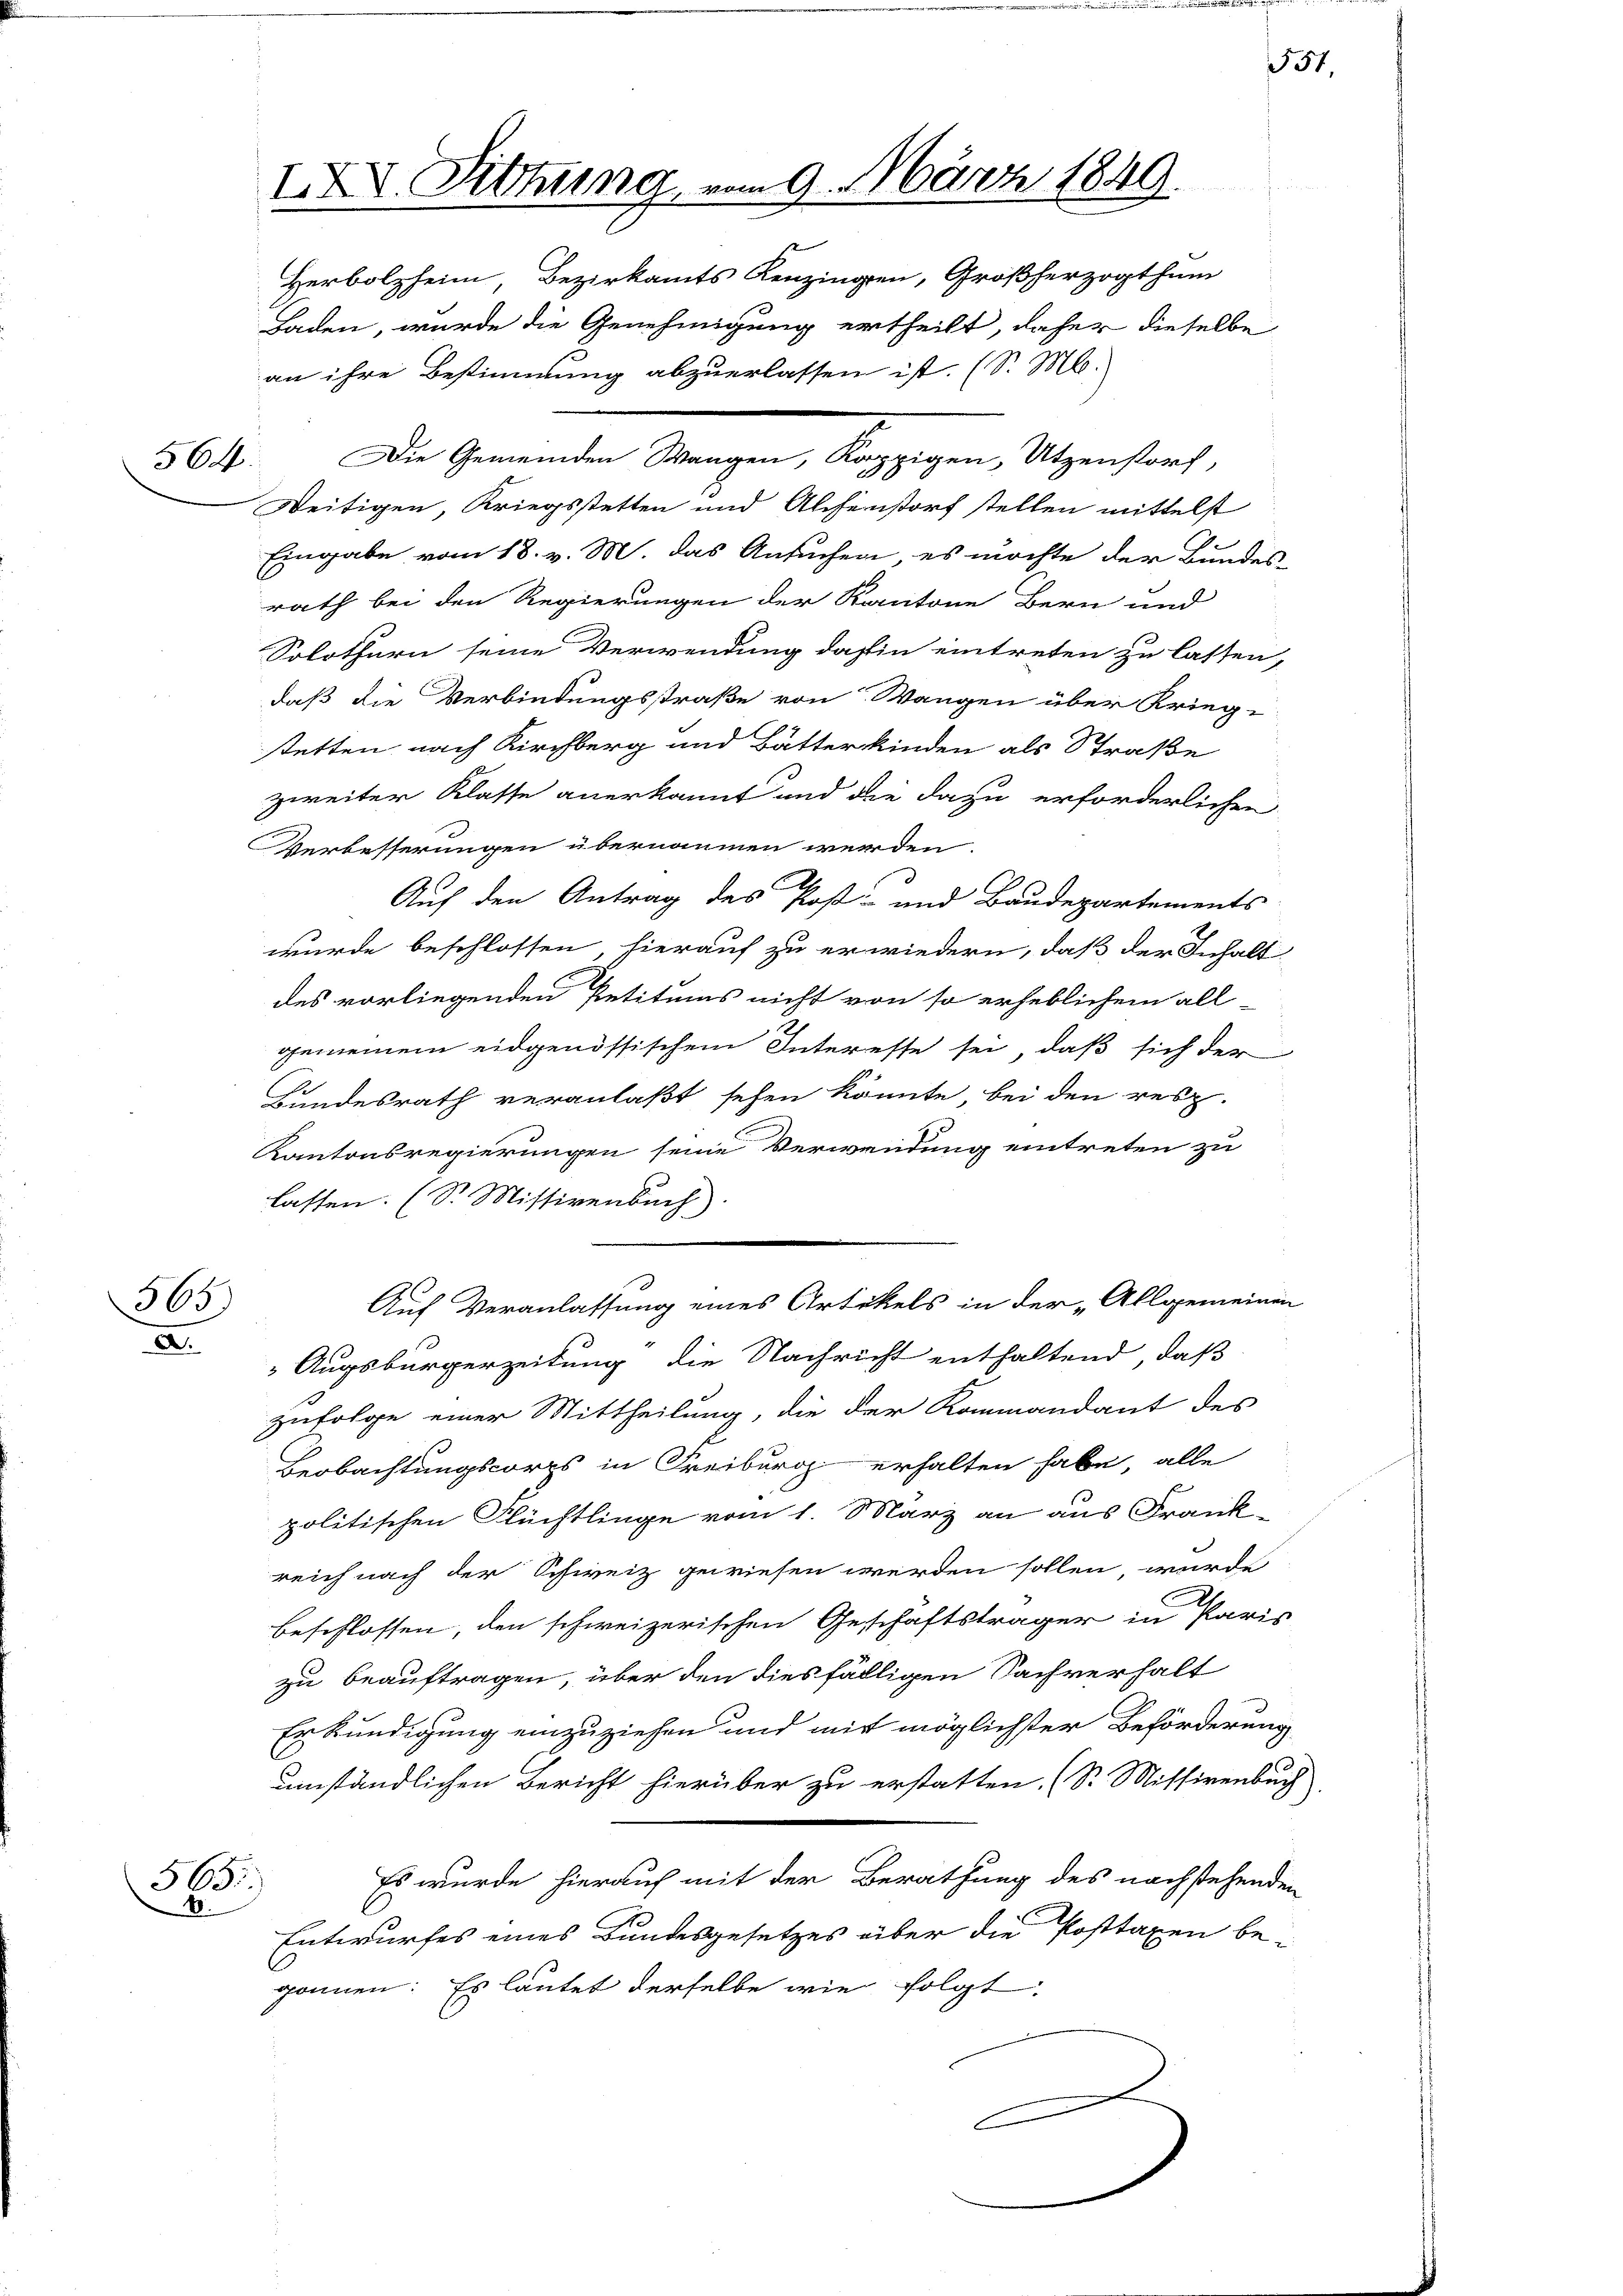
564.

365)
a

565
8

IX. Sitzung, vom 9. März 1849.
Herbolzheim Bezirkamts Kenzingen, Großherzogthum
Baden, wurde die Genehmigung ertheilt, daher dieselbe

Die Gemeinden Wangen, Kappigen, Utzenstorf,
Deitigen, Kriegsstetten und Alchenstorf stellen mittelst
Eingabe vom 18. v. M. das Ansuchen, es möchte der Bundes
rath bei den Regierungen der Kantone Bern und
Solothurn seine Verwendung dahin eintreten zu lassen,
daß die Verbindungsstraße von Wangen über Krieg-
stetten nach Kirchberg und Bätterkinden als Straße
zweiter Klasse anerkannt und die dazu erforderlichen
Verbesserungen übernommen werden.
2
Auf den Antrag des Post- und Baudepartements
wurde beschlossen hierauf zu erwiedern, daß der Inhalt
des vorliegenden Petitums nicht von so erheblichem all-
gemeinem eidgenössischem Interesse sei, daß sich der
Bundesrath veranlaßt sehen könnte, bei den resp.
Kantonsregierungen seine Verwendung eintreten zu
lassen. (S. Missivenbach
.
Auf Veranlassung eines Artikels in der „Allgemeinen
Augsbürgerzeitung die Nachricht enthaltend, daß
zufolge einer Mittheilung, die der Kommandant des
Beobachtungscorps in Freiburg erhalten habe, alle
politischen Flüchtlinge vom 1. März an aus Frank-
reich nach der Schweiz gewiesen werden sollen wurde
beschlossen, den schweizerischen Geschäftsträger in Paris
zu beauftragen, über den diesfälligen Sachverhalt
Erkundigung einzuziehen und mit möglichster Beförderung
umständlichen Bericht hierüber zu erstatten. (S. Missivenbuch
Es wurde hierauf mit der Berathung des nachstehenden
Entwurfes eines Bundesgesetzes über die Posttaxen begönnen: Es lautet derselbe wie folgt
C

an ihre Bestimmung abzuerlassen ist. (S. M.

557,